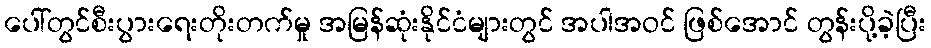
ပေါ်တွင်စီးပွားရေးတိုးတက်မှု အမြန်ဆုံးနိုင်ငံများတွင် အပါအဝင် ဖြစ်အောင် တွန်းပို့ခဲ့ပြီး